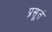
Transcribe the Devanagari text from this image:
प्रसूतं